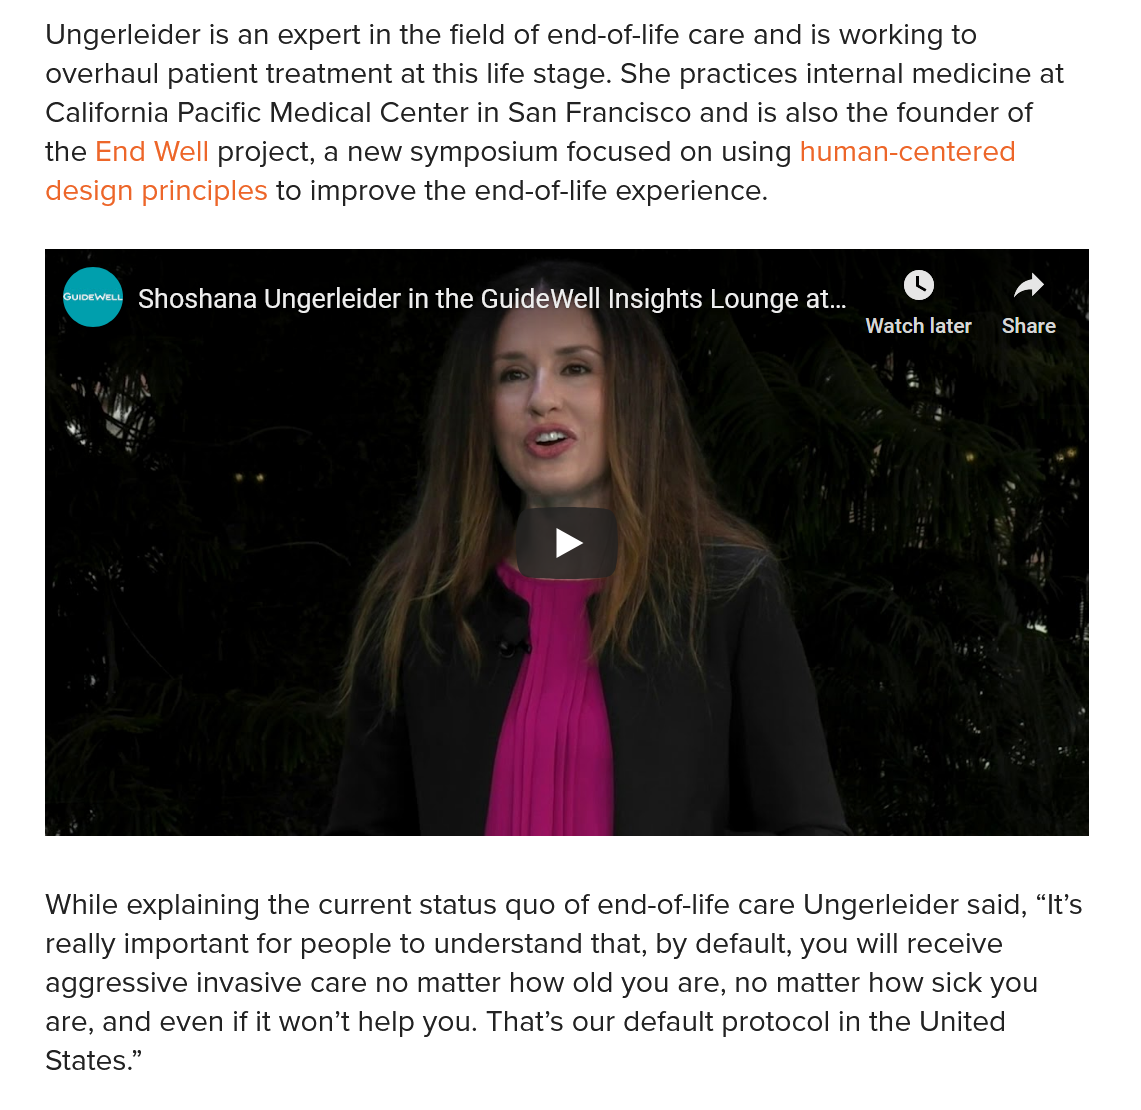
Ungerleider is an expert in the field of end-of-life care and is working to
    overhaul patient treatment at this life stage. She practices internal medicine at
    California Pacific Medical Center in San Francisco and is also the founder of
    the End Well project, a new symposium focused on using human-centered
    design principles to improve the end-of-life experience.
     a    Shoshana Ungerleider in the Gui

     Il Insights Lounge at...

     Meg
     lad
     Share
     oe
     Shoshana Ungerleider in the GuideWell Insights Lounge at.
    While explaining the current status quo of end-of-life care Ungerleider said, “It’s
    really important for people to understand that, by default, you will receive
    aggressive invasive care no matter how old you are, no matter how sick you
    are, and even if it won’t help you. That’s our default protocol in the United
    States.”